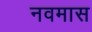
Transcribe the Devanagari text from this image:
नवमास